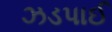
ઝડપાઈ